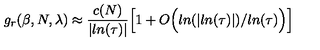
g _ { r } ( \beta , N , \lambda ) \approx \frac { c ( N ) } { \vert l n ( \tau ) \vert } \Big [ 1 + O \Big ( l n ( \vert l n ( \tau ) \vert ) / l n ( \tau ) \Big ) \Big ]